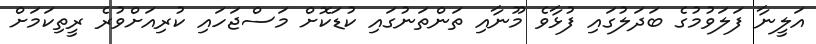
އަލީނާ ފަލަވުމުގެ ބަދަލުގައި ފުޅާވެ މޫނާއި ތަންތަނުގައި ކުޑަކޮށް މަސްޖަހައި ކުރިއަށްވުރެ ރީތިކަމަށް